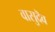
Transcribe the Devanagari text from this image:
वासुदॆव